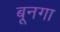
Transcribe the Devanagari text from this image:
बूनगा